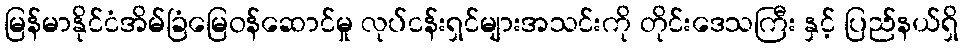
မြန်မာနိုင်ငံအိမ်ခြံမြေဝန်ဆောင်မှု လုပ်ငန်းရှင်များအသင်းကို တိုင်းဒေသကြီး နှင့် ပြည်နယ်ရှိ